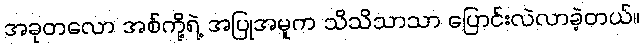
အခုတလော အစ်ကို့ရဲ့ အပြုအမူက သိသိသာသာ ပြောင်းလဲလာခဲ့တယ်။